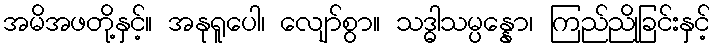
အမိအဖတို့နှင့်။ အနုရူပေါ၊ လျော်စွာ။ သဒ္ဓါသမ္ပန္နော၊ ကြည်ညိုခြင်းနှင့်